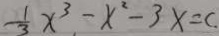
\frac { 1 } { 3 } x ^ { 3 } - x ^ { 2 } - 3 x = c